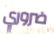
ضروري